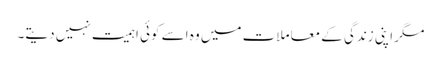
مگر اپنی زندگی کے معاملات میں وہ اسے کوئی اہمیت نہیں دیتے۔